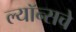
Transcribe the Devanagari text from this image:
ल्यॉन्सचे